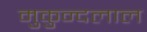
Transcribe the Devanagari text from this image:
मुकुन्दलाल